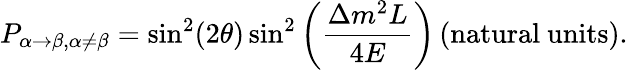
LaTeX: P_{\alpha\rightarrow\beta,\alpha\neq\beta}=\sin^{2}(2\theta)\sin^{2}\left({\frac{\Delta m^{2}L}{4E}}\right)\, {\mathrm{(natural~units)}}.